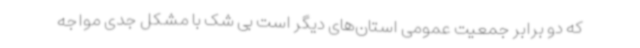
که دو برابر جمعیت عمومی استان‌های دیگر است بی شک با مشکل جدی مواجه